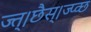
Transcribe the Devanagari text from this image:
ज्त्।छैस्।ज्प्व्छ